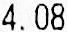
4.08